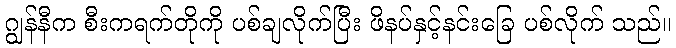
ဂျွန်နီက စီးကရက်တိုကို ပစ်ချလိုက်ပြီး ဖိနပ်နှင့်နင်းခြေ ပစ်လိုက် သည်။